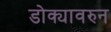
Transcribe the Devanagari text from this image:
डोक्यावरुन